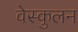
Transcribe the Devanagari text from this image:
वेस्कुलन